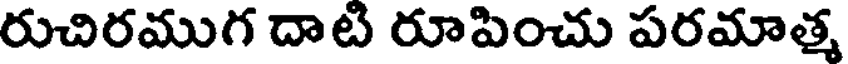
రుచిరముగ దాటి రూపించు పరమాత్మ